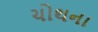
ચોથના